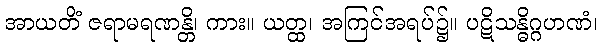
အာယတိံ ဇရာမရဏန္တိ၊ ကား။ ယတ္ထ၊ အကြင်အရပ်၌။ ပဋိသန္ဓိဂ္ဂဟဏံ၊